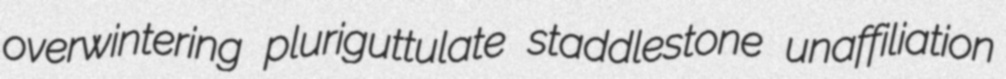
overwintering pluriguttulate staddlestone unaffiliation